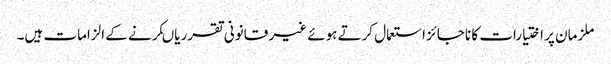
ملزمان پر اختیارات کا ناجائز استعمال کرتے ہوئے غیر قانونی تقرریاںکرنے کے الزامات ہیں۔